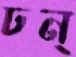
ঢন্‌